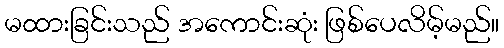
မထားခြင်းသည် အကောင်းဆုံး ဖြစ်ပေလိမ့်မည်။